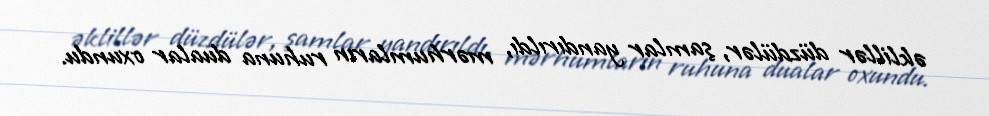
əklillər düzdülər, şamlar yandırıldı, mərhumların ruhuna dualar oxundu.